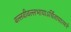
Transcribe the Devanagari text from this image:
बल्लवीवल्लभायाऽर्चितायात्मने